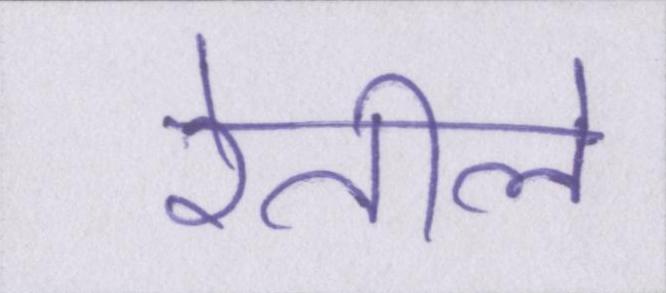
रेतीले